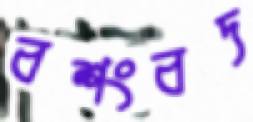
বশংবদ